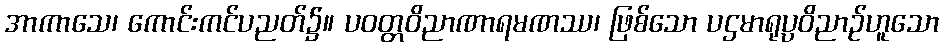
အာကာသေ၊ ကောင်းကင်ပညတ်၌။ ပဝတ္တဝိညာဏာရမဏဿ၊ ဖြစ်သော ပဌမာရုပ္ပဝိညာဉ်ဟူသော